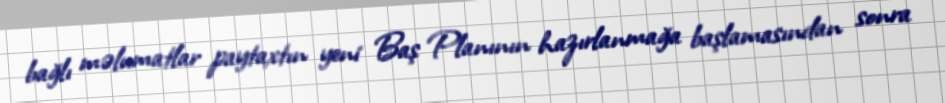
bağlı məlumatlar paytaxtın yeni Baş Planının hazırlanmağa başlamasından sonra